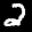
Label: 2